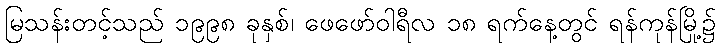
မြသန်းတင့်သည် ၁၉၉၈ ခုနှစ်၊ ဖေဖော်ဝါရီလ ၁၈ ရက်နေ့တွင် ရန်ကုန်မြို့၌